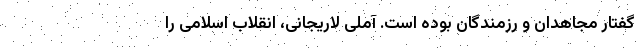
گفتار مجاهدان و رزمندگان بوده است. آملی لاریجانی، انقلاب اسلامی را